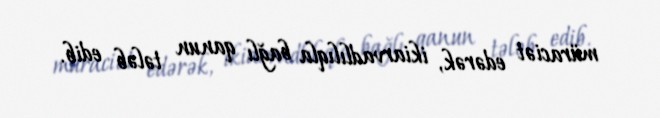
müraciət edərək, ikiarvadlılıqla bağlı qanun tələb edib.